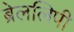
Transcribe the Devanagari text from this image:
ब्रेललिपी